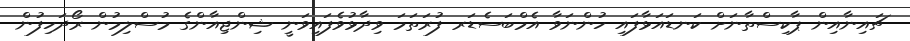
ޗައިނާއިން ޕާކިސްތާނަށް ކަނޑައަޅާފައި ހުންނަވާ އެމްބަސެޑަރ ފުރަތަމަ ވިދާޅުވެފައިވަނީ ޝިންޖިއާންގެ މުސްލިމުން ރޯދަހިފުން